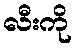
လီးကို